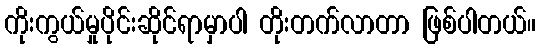
ကိုးကွယ်မှုပိုင်းဆိုင်ရာမှာပါ တိုးတက်လာတာ ဖြစ်ပါတယ်။